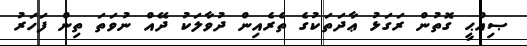
ޞިއްޙީ ގޮތުން ރަގަޅު ޢާދަތަކުގެ ތެރެއިން ދުވާލަކު ދޭއް ނުވަތަ ތިން ފަހަރު